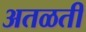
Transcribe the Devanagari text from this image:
अतळती